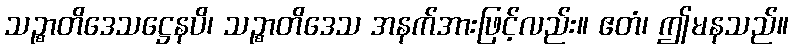
သဉ္စာတိဒေသဋ္ဌေနပိ၊ သဉ္စာတိဒေသ အနက်အားဖြင့်လည်း။ ဧတံ၊ ဤမနသည်။